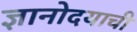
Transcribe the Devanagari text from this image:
ज्ञानोदयाची